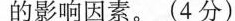
的影响因素。(4分）